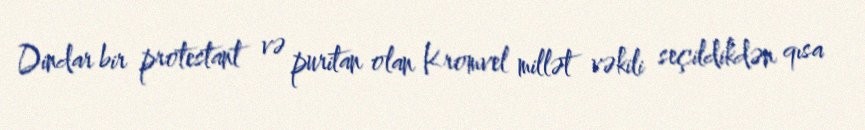
Dindar bir protestant və puritan olan Kromvel millət vəkili seçildikdən qısa